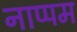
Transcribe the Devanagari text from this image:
नाप्पम